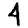
Digit: 4